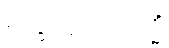
စက္ခုဝိညာဏသ္မိံ